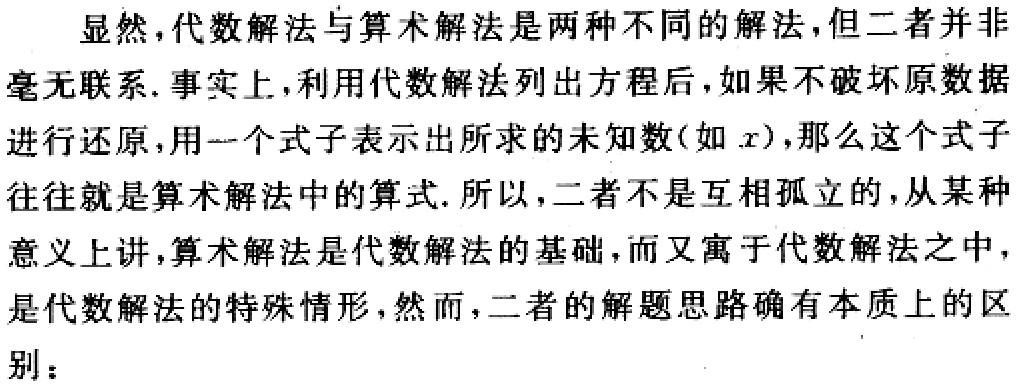
显然，代数解法与算术解法是两种不同的解法，但二者并非毫无联系. 事实上，利用代数解法列出方程后，如果不破坏原数据进行还原，用一个式子表示出所求的未知数(如\(x\))，那么这个式子往往就是算术解法中的算式. 所以，二者不是互相孤立的，从某种意义上讲，算术解法是代数解法的基础，而又寓于代数解法之中，是代数解法的特殊情形，然而，二者的解题思路确有本质上的区别：